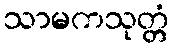
သာမကသုတ္တံ